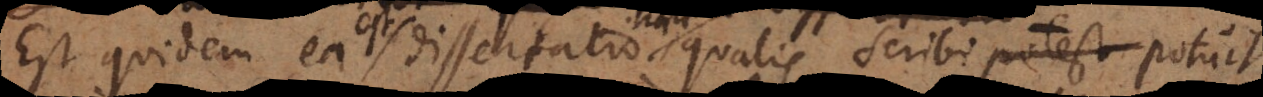
Est quidem ea dissertatio qualis scribi potest potuit